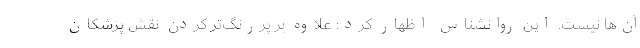
آن‌ها نیست. این روانشناس اظهار کرد: علاوه بر پررنگ‌تر کردن نقش پزشکان